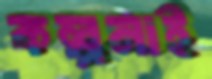
কল্পনাই